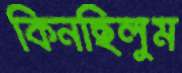
কিনছিলুম